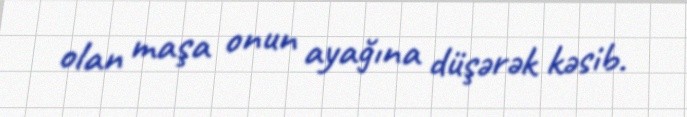
olan maşa onun ayağına düşərək kəsib.